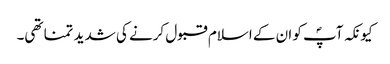
کیونکہ آپؐ کو ان کے اسلام قبول کرنے کی شدید تمنا تھی۔